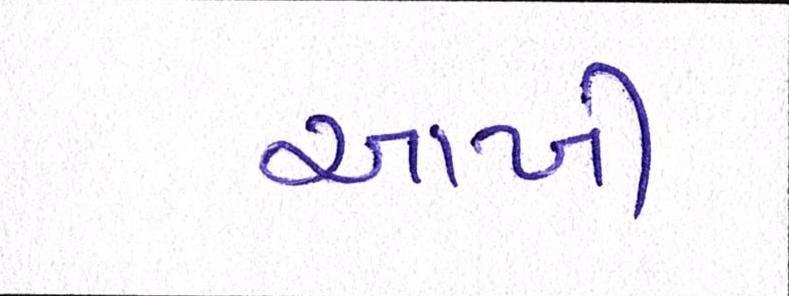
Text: આખી